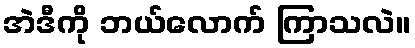
အဲဒီကို ဘယ်လောက် ကြာသလဲ။